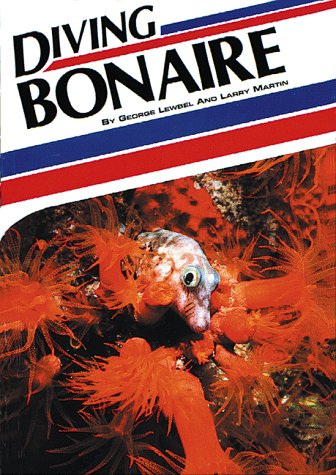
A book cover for Diving Bonaire (Aqua Quest Diving); George Lewbel; Travel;